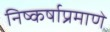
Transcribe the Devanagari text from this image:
निष्कर्षाप्रमाणे